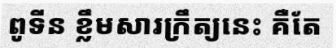
ពូទីន ខ្លឹមសារក្រឹត្យនេះ គឺតែ